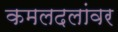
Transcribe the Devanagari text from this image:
कमलदलांवर